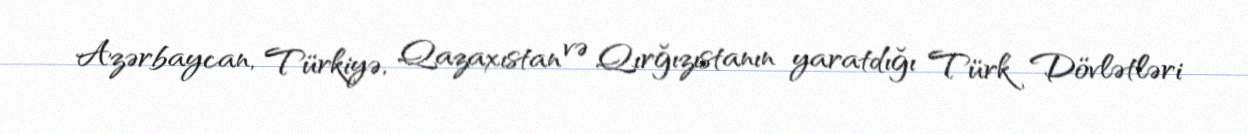
Azərbaycan, Türkiyə, Qazaxıstan və Qırğızıstanın yaratdığı Türk Dövlətləri